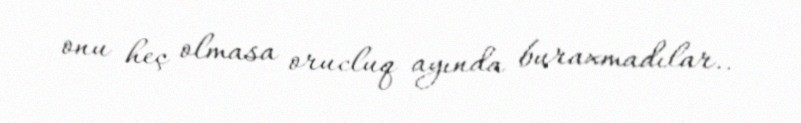
onu heç olmasa orucluq ayında buraxmadılar..